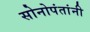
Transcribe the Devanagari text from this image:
सोनोपंतांनी